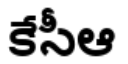
కేసీఆ